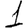
Digit: 1